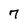
Character: 7